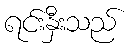
ရင်းနှီးသည်